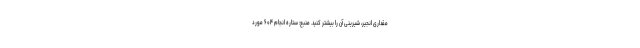
مقداری انجیر، شیرینی آن را بیشتر کنید. منبع: ستاره انجام ۶۰۴ مورد